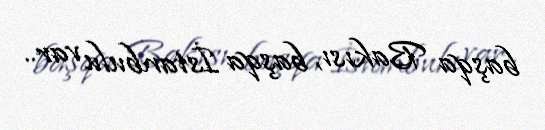
başqa Bakısı, başqa İstanbulu var..